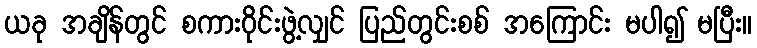
ယခု အချိန်တွင် စကားဝိုင်းဖွဲ့လျှင် ပြည်တွင်းစစ် အကြောင်း မပါ၍ မပြီး။